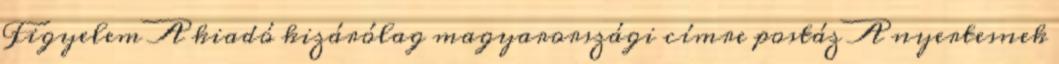
Figyelem A kiadó kizárólag magyarországi címre postáz A nyertesnek